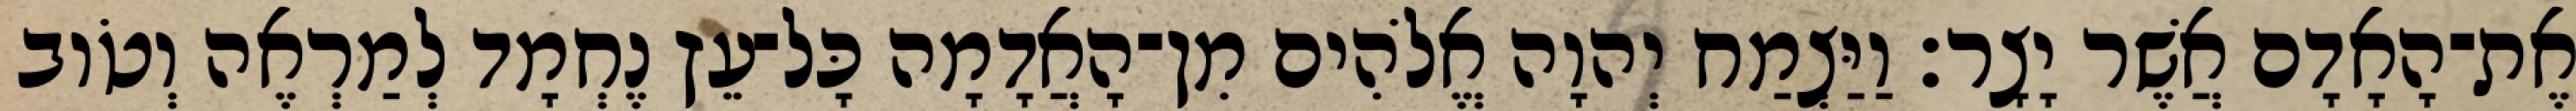
אֶת־הָאָדָם אֲשֶׁר יָצָר׃ וַיַּצְמַח יְהוָה אֱלֹהִים מִן־הָאֲדָמָה כָּל־עֵץ נֶחְמָד לְמַרְאֶה וְטֹוב